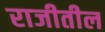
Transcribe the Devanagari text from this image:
राजीतील